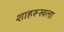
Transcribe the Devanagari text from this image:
शाहरूखला